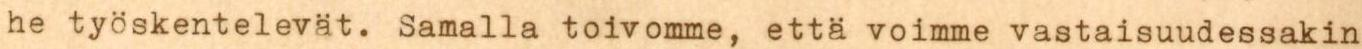
he työskentelevät. Samalla toivomme, että voimme vastaisuudessakin